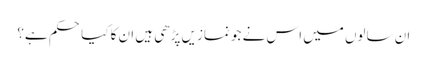
ان سالوں میں اس نے جو نمازیں پڑھی ہیں ان کا کیا حکم ہے؟